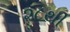
૨૮થી